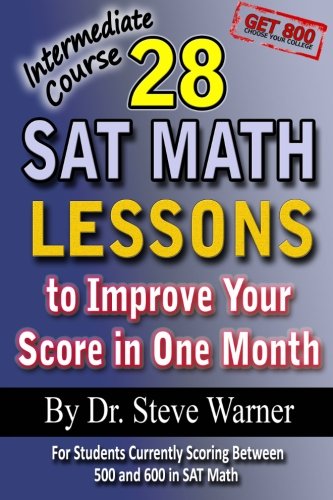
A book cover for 28 SAT Math Lessons to Improve Your Score in One Month - Intermediate Course: For Students Currently Scoring Between 500 and 600 in SAT Math; Steve Warner; Test Preparation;